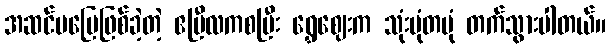
အဆင်မပြေဖြစ်ခဲ့တဲ့ ဧပြီလကစပြီး ရွှေဈေးက သုံးပုံတပုံ တက်သွားပါတယ်။